Annual report on the working of the lock hospitals in the North-Western Provinces and Oudh
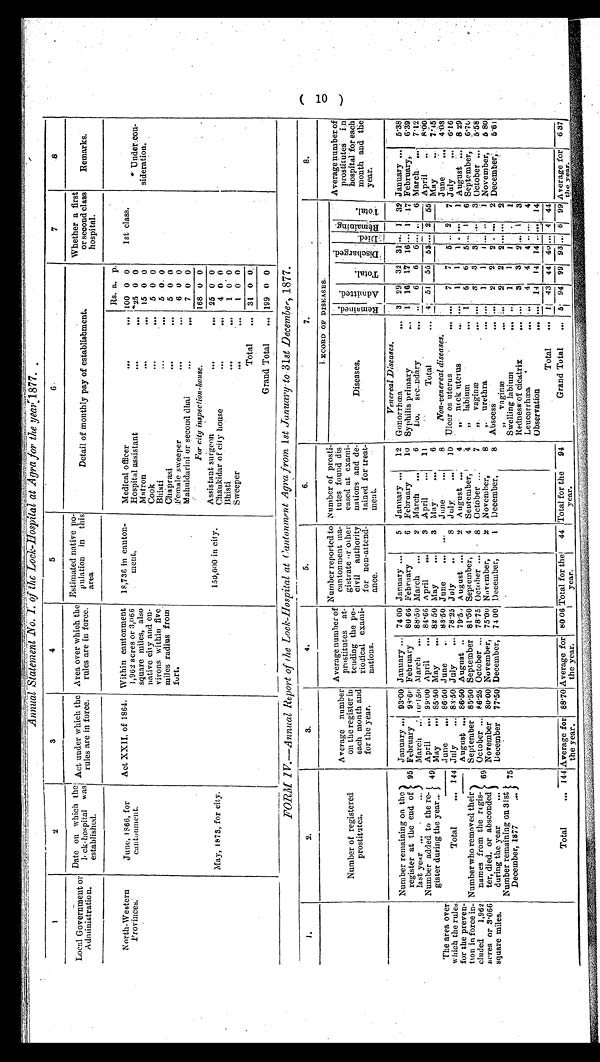
Annual Statement No. 1. of the Lock-Hospital at Agra for the year 1877.
1
2
3
4
5
6
7
8
Local Government or
Administrat
ion.
Date on which the
1ock-hospital was
established.
Act under which the
rules are in force.
Area over which th
e rules are in force.
Estimated native
population in this
area.
Detail of monthly pay of establishment.
Whether a first
or second class
hospital.
Remarks.
Rs. a. p.
North-Western
Provinces.
June, 1866, for Cantonment. Act XXII, of 1864. Within cantonment
1,962 acres or 3,066
square miles, also
native city and en
virons within five
miles radius from
fort.
18,736 in canton
ment.
Medical officer
100 0 0
1st class.
Hospital assistant
*25 0 0
*Under con
sideration .
Matron
15 0 0
Cook
5 0 0
Bhisti
5 0. 0
Chaprasi
5 0 0
Female sweeper
6 0 0
Mahuldarini or second dha
.. 7 0 0
For city inspection-house.
168 0 0
May, 1873, for city.
150,000 in city.
Assistant surgeon
..
25 0 0
Chaukidar of city house
4 0 0
Bhisti....
1 0 0
Sweeper
1 0 0
Total
31 0 0
Grand Total
199 0 0
FORM 1V.—Annual Report of the Lock-Hospital at Cantonment Agra from 1st January to 31st December, 1877.
1.
2.
3.
4.
5.
6.
7.
8.
Number of registered
prostitutes.
Average number
on
each the month
register
and
in
for the year.
Average number of
Prositutes.at
tending the pe
riodical exarni
nations.
Number reported to
cantonment ma
gistrate or other
civil authority authority
or other
for non-attend
ance.
Number of prosti
tutes found dis
cased at examinations at and
exam
de
tained for treat
ment.
R E C O R D O F D I S E A S E S .
Diseases. Diseases.
REma i n e d .
A d m i t t e d .
Total.
Total.
D i s c h a r g e d . Di ed.
R e m a i n i n g .
Average number of
prostitutes i
n hospital for each
month and the
year.
I
Venereal Diseases.
The area over
which the rules
for the preven
tion in force in
cluded 1,962
acres or 3·066
square miles.
Number remaining on the
register at the end of
last year
...
95
January
93·00 January
74·00 January
5 January
12 Gonorrhœa
... 3 29 32 31 1 32 January
...
5·38
February
10 Syphilis primary
1 16 17 16 1 17 February,
6·39
February
...
98·68 February 80·66
6 February
6
Do. secondary
...
6 6 6
6 March
...
7·12
March
2 March
...
March
...
10·150 March
...
88·50
April
11
4 51 55 53
2 65 Apr
il ...
8·00
April
3
Total
Number added to the re
gister during the year
49 April
99·00 April
84·66
May
7·15
May
6
May
85·50 May
82·50
3 May
June
4·03
June
June
8
Non-venereal diseases.
83·50
June .. 86·50
June
...
Total
...
10 Ulcer os uterus
7 7 5 .. 2 7 July
6·16
144
July
8 July
July ... 83·50 July
78·25
„,, neck uterus
.
1 1 1 ••• 1 August
8 29
86·50
79·5.,
2 August
August ...
August ..
August ...
4
5 1
6
4 September, 4 ,, labium
1 6 6
September, 6·70
Number who removed their
names from the regis
ter, died. or absconded
September,
69
September 85·50 September 81·50
October
,, vaginae
3 3
3
3 October
5·58
October
October
8
7
October ... 86·25
78·75
,, urethra
1 1 1
1
November,
2 November,
8
November, 6 80
November 80·00 November, 75·00
Abscess
2 2 2
2 December
,
5·61
during the year
Number remaining on 31st
December, 1877
7 5 December 77·50 December, 74 00 December,
1 December,
8 ,, vaginæ
. 2 2 2 ..... 2
Swelling labium
.... 1 1
1
1
Redness of cicatrix
3 3
2
1 3
Leucorrhœa
4 4 4
4
Observation
... ... 14 14 14
14
Total
1 43 44 40 . . 4 44
Total
... 144 Average for
the year.
88·70 Average for
the year.
80·06 Total for the
year.
44 Total for the
year.
94
Grand Total
6
94 99 93
6 99 Average for
the year.
6 37
( 1 0 )